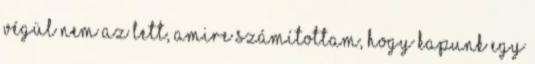
végül nem az lett, amire számítottam, hogy kapunk egy